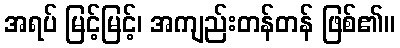
အရပ် မြင့်မြင့်၊ အကျည်းတန်တန် ဖြစ်၏။